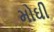
મોઘી